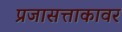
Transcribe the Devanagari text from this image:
प्रजासत्ताकावर